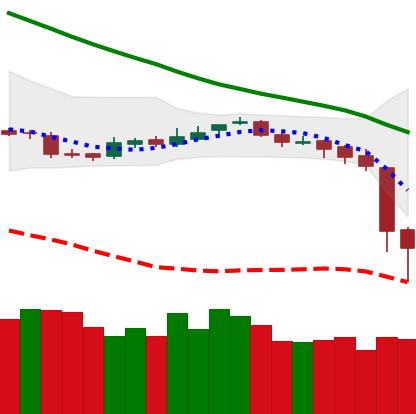
Ticker: BNB-USD
Chart end date: 2018-11-15
Forward return: -29.624%
Label: down_7plus